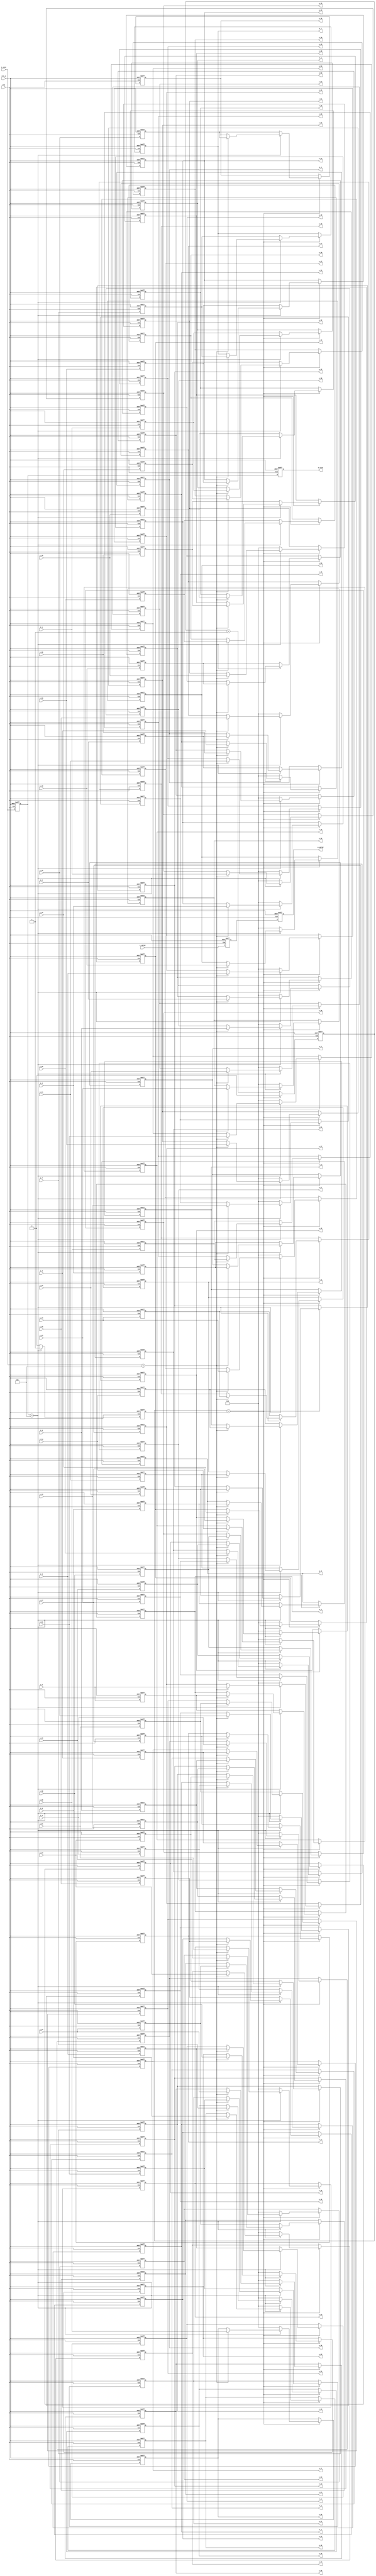
//describe  : 
//input     : 32 data
//output    : 64 data
//delay     : 2 clk
module serial_to_parallel#(
    parameter  IN_WIDTH  = 16,
    parameter  OUT_WIDTH = 16
)
(
//system input
    input                               clk     ,
    input                               rst_n   ,
//input parameter
    input           [2 : 0]             i_size  ,//1:4x4, 2:8x8, 3:16x16, 4:32x32, 5:64x64
//input data
    input                               i_valid ,
    input   signed  [IN_WIDTH - 1 : 0]  i_0     ,
    input   signed  [IN_WIDTH - 1 : 0]  i_1     ,
    input   signed  [IN_WIDTH - 1 : 0]  i_2     ,
    input   signed  [IN_WIDTH - 1 : 0]  i_3     ,
    input   signed  [IN_WIDTH - 1 : 0]  i_4     ,
    input   signed  [IN_WIDTH - 1 : 0]  i_5     ,
    input   signed  [IN_WIDTH - 1 : 0]  i_6     ,
    input   signed  [IN_WIDTH - 1 : 0]  i_7     ,
    input   signed  [IN_WIDTH - 1 : 0]  i_8     ,
    input   signed  [IN_WIDTH - 1 : 0]  i_9     ,
    input   signed  [IN_WIDTH - 1 : 0]  i_10    ,
    input   signed  [IN_WIDTH - 1 : 0]  i_11    ,
    input   signed  [IN_WIDTH - 1 : 0]  i_12    ,
    input   signed  [IN_WIDTH - 1 : 0]  i_13    ,
    input   signed  [IN_WIDTH - 1 : 0]  i_14    ,
    input   signed  [IN_WIDTH - 1 : 0]  i_15    ,
    input   signed  [IN_WIDTH - 1 : 0]  i_16    ,
    input   signed  [IN_WIDTH - 1 : 0]  i_17    ,
    input   signed  [IN_WIDTH - 1 : 0]  i_18    ,
    input   signed  [IN_WIDTH - 1 : 0]  i_19    ,
    input   signed  [IN_WIDTH - 1 : 0]  i_20    ,
    input   signed  [IN_WIDTH - 1 : 0]  i_21    ,
    input   signed  [IN_WIDTH - 1 : 0]  i_22    ,
    input   signed  [IN_WIDTH - 1 : 0]  i_23    ,
    input   signed  [IN_WIDTH - 1 : 0]  i_24    ,
    input   signed  [IN_WIDTH - 1 : 0]  i_25    ,
    input   signed  [IN_WIDTH - 1 : 0]  i_26    ,
    input   signed  [IN_WIDTH - 1 : 0]  i_27    ,
    input   signed  [IN_WIDTH - 1 : 0]  i_28    ,
    input   signed  [IN_WIDTH - 1 : 0]  i_29    ,
    input   signed  [IN_WIDTH - 1 : 0]  i_30    ,
    input   signed  [IN_WIDTH - 1 : 0]  i_31    ,
//output parameter
    output          [2 : 0]             o_size  ,
//output data
    output                              o_valid ,
    output  signed  [OUT_WIDTH - 1 : 0] o_0     ,
    output  signed  [OUT_WIDTH - 1 : 0] o_1     ,
    output  signed  [OUT_WIDTH - 1 : 0] o_2     ,
    output  signed  [OUT_WIDTH - 1 : 0] o_3     ,
    output  signed  [OUT_WIDTH - 1 : 0] o_4     ,
    output  signed  [OUT_WIDTH - 1 : 0] o_5     ,
    output  signed  [OUT_WIDTH - 1 : 0] o_6     ,
    output  signed  [OUT_WIDTH - 1 : 0] o_7     ,
    output  signed  [OUT_WIDTH - 1 : 0] o_8     ,
    output  signed  [OUT_WIDTH - 1 : 0] o_9     ,
    output  signed  [OUT_WIDTH - 1 : 0] o_10    ,
    output  signed  [OUT_WIDTH - 1 : 0] o_11    ,
    output  signed  [OUT_WIDTH - 1 : 0] o_12    ,
    output  signed  [OUT_WIDTH - 1 : 0] o_13    ,
    output  signed  [OUT_WIDTH - 1 : 0] o_14    ,
    output  signed  [OUT_WIDTH - 1 : 0] o_15    ,
    output  signed  [OUT_WIDTH - 1 : 0] o_16    ,
    output  signed  [OUT_WIDTH - 1 : 0] o_17    ,
    output  signed  [OUT_WIDTH - 1 : 0] o_18    ,
    output  signed  [OUT_WIDTH - 1 : 0] o_19    ,
    output  signed  [OUT_WIDTH - 1 : 0] o_20    ,
    output  signed  [OUT_WIDTH - 1 : 0] o_21    ,
    output  signed  [OUT_WIDTH - 1 : 0] o_22    ,
    output  signed  [OUT_WIDTH - 1 : 0] o_23    ,
    output  signed  [OUT_WIDTH - 1 : 0] o_24    ,
    output  signed  [OUT_WIDTH - 1 : 0] o_25    ,
    output  signed  [OUT_WIDTH - 1 : 0] o_26    ,
    output  signed  [OUT_WIDTH - 1 : 0] o_27    ,
    output  signed  [OUT_WIDTH - 1 : 0] o_28    ,
    output  signed  [OUT_WIDTH - 1 : 0] o_29    ,
    output  signed  [OUT_WIDTH - 1 : 0] o_30    ,
    output  signed  [OUT_WIDTH - 1 : 0] o_31    ,
    output  signed  [OUT_WIDTH - 1 : 0] o_32    ,
    output  signed  [OUT_WIDTH - 1 : 0] o_33    ,
    output  signed  [OUT_WIDTH - 1 : 0] o_34    ,
    output  signed  [OUT_WIDTH - 1 : 0] o_35    ,
    output  signed  [OUT_WIDTH - 1 : 0] o_36    ,
    output  signed  [OUT_WIDTH - 1 : 0] o_37    ,
    output  signed  [OUT_WIDTH - 1 : 0] o_38    ,
    output  signed  [OUT_WIDTH - 1 : 0] o_39    ,
    output  signed  [OUT_WIDTH - 1 : 0] o_40    ,
    output  signed  [OUT_WIDTH - 1 : 0] o_41    ,
    output  signed  [OUT_WIDTH - 1 : 0] o_42    ,
    output  signed  [OUT_WIDTH - 1 : 0] o_43    ,
    output  signed  [OUT_WIDTH - 1 : 0] o_44    ,
    output  signed  [OUT_WIDTH - 1 : 0] o_45    ,
    output  signed  [OUT_WIDTH - 1 : 0] o_46    ,
    output  signed  [OUT_WIDTH - 1 : 0] o_47    ,
    output  signed  [OUT_WIDTH - 1 : 0] o_48    ,
    output  signed  [OUT_WIDTH - 1 : 0] o_49    ,
    output  signed  [OUT_WIDTH - 1 : 0] o_50    ,
    output  signed  [OUT_WIDTH - 1 : 0] o_51    ,
    output  signed  [OUT_WIDTH - 1 : 0] o_52    ,
    output  signed  [OUT_WIDTH - 1 : 0] o_53    ,
    output  signed  [OUT_WIDTH - 1 : 0] o_54    ,
    output  signed  [OUT_WIDTH - 1 : 0] o_55    ,
    output  signed  [OUT_WIDTH - 1 : 0] o_56    ,
    output  signed  [OUT_WIDTH - 1 : 0] o_57    ,
    output  signed  [OUT_WIDTH - 1 : 0] o_58    ,
    output  signed  [OUT_WIDTH - 1 : 0] o_59    ,
    output  signed  [OUT_WIDTH - 1 : 0] o_60    ,
    output  signed  [OUT_WIDTH - 1 : 0] o_61    ,
    output  signed  [OUT_WIDTH - 1 : 0] o_62    ,
    output  signed  [OUT_WIDTH - 1 : 0] o_63
);

localparam  SIZE4  = 3'd1,
            SIZE8  = 3'd2,
            SIZE16 = 3'd3,
            SIZE32 = 3'd4,
            SIZE64 = 3'd5;
integer i;

//input delay
    wire signed [IN_WIDTH - 1 : 0] i_data[0 : 31];
    reg [2 : 0] i_size_d[0 : 1];
    reg i_valid_d1, i_valid_d2;
    reg signed [IN_WIDTH - 1 : 0] i_data_d1[0 : 31];
//serial to parallel
    reg count;
    reg count_max;
    reg signed [OUT_WIDTH - 1 : 0] o_data[0 : 63];

//input
    assign i_data[0 ] = i_0 ;
    assign i_data[1 ] = i_1 ;
    assign i_data[2 ] = i_2 ;
    assign i_data[3 ] = i_3 ;
    assign i_data[4 ] = i_4 ;
    assign i_data[5 ] = i_5 ;
    assign i_data[6 ] = i_6 ;
    assign i_data[7 ] = i_7 ;
    assign i_data[8 ] = i_8 ;
    assign i_data[9 ] = i_9 ;
    assign i_data[10] = i_10;
    assign i_data[11] = i_11;
    assign i_data[12] = i_12;
    assign i_data[13] = i_13;
    assign i_data[14] = i_14;
    assign i_data[15] = i_15;
    assign i_data[16] = i_16;
    assign i_data[17] = i_17;
    assign i_data[18] = i_18;
    assign i_data[19] = i_19;
    assign i_data[20] = i_20;
    assign i_data[21] = i_21;
    assign i_data[22] = i_22;
    assign i_data[23] = i_23;
    assign i_data[24] = i_24;
    assign i_data[25] = i_25;
    assign i_data[26] = i_26;
    assign i_data[27] = i_27;
    assign i_data[28] = i_28;
    assign i_data[29] = i_29;
    assign i_data[30] = i_30;
    assign i_data[31] = i_31;

//delay
always @(posedge clk or negedge rst_n) begin
    if (!rst_n) begin 
        i_size_d[0] <= 0;
        i_size_d[1] <= 0;
        i_valid_d1 <= 0;
        i_valid_d2 <= 0;
        for (i = 0; i < 32; i = i + 1) begin
            i_data_d1[i] <= 0; 
        end
    end
    else begin
        i_size_d[0] <= i_size;
        i_size_d[1] <= i_size_d[0];
        i_valid_d1 <= i_valid;
        i_valid_d2 <= i_valid_d1;
        for (i = 0; i < 32; i = i + 1) begin
            i_data_d1[i] <= i_data[i]; 
        end
    end
end

always @(posedge clk or negedge rst_n) begin
    if (!rst_n) begin
        count_max <= 0;
    end
    else begin
        case (i_size_d[0]) 
            SIZE64  : count_max <= 1;
            default : count_max <= 0;
        endcase
    end
end

always @(posedge clk or negedge rst_n) begin
    if (!rst_n) begin
        count <= 0;
        for (i = 0; i < 64; i = i + 1) begin
            o_data[i] <= 0;
        end
    end
    else begin
        if (count == count_max) begin
            count <= 0;
            case (i_size_d[0])
                SIZE64  : begin // 2 beat -> 1 beat
                    if (i_size == SIZE64) begin
                        for (i = 0; i < 32; i = i + 1) begin
                            o_data[i]      <= i_data_d1[i];
                            o_data[i + 32] <= i_data[i];
                        end
                    end
                end
                default : begin //delay 2 clk
                    for (i = 0; i < 32; i = i + 1) begin
                        o_data[i]      <= i_data_d1[i];
                        o_data[i + 32] <= 0;
                    end
                end
            endcase
        end
        else begin
            count <= count + 1;
        end
    end
end

//output
    assign o_size   = i_size_d[1];
    assign o_valid  = i_valid_d2;
    assign o_0      = o_data[0 ];
    assign o_1      = o_data[1 ];
    assign o_2      = o_data[2 ];
    assign o_3      = o_data[3 ];
    assign o_4      = o_data[4 ];
    assign o_5      = o_data[5 ];
    assign o_6      = o_data[6 ];
    assign o_7      = o_data[7 ];
    assign o_8      = o_data[8 ];
    assign o_9      = o_data[9 ];
    assign o_10     = o_data[10];
    assign o_11     = o_data[11];
    assign o_12     = o_data[12];
    assign o_13     = o_data[13];
    assign o_14     = o_data[14];
    assign o_15     = o_data[15];
    assign o_16     = o_data[16];
    assign o_17     = o_data[17];
    assign o_18     = o_data[18];
    assign o_19     = o_data[19];
    assign o_20     = o_data[20];
    assign o_21     = o_data[21];
    assign o_22     = o_data[22];
    assign o_23     = o_data[23];
    assign o_24     = o_data[24];
    assign o_25     = o_data[25];
    assign o_26     = o_data[26];
    assign o_27     = o_data[27];
    assign o_28     = o_data[28];
    assign o_29     = o_data[29];
    assign o_30     = o_data[30];
    assign o_31     = o_data[31];
    assign o_32     = o_data[32];
    assign o_33     = o_data[33];
    assign o_34     = o_data[34];
    assign o_35     = o_data[35];
    assign o_36     = o_data[36];
    assign o_37     = o_data[37];
    assign o_38     = o_data[38];
    assign o_39     = o_data[39];
    assign o_40     = o_data[40];
    assign o_41     = o_data[41];
    assign o_42     = o_data[42];
    assign o_43     = o_data[43];
    assign o_44     = o_data[44];
    assign o_45     = o_data[45];
    assign o_46     = o_data[46];
    assign o_47     = o_data[47];
    assign o_48     = o_data[48];
    assign o_49     = o_data[49];
    assign o_50     = o_data[50];
    assign o_51     = o_data[51];
    assign o_52     = o_data[52];
    assign o_53     = o_data[53];
    assign o_54     = o_data[54];
    assign o_55     = o_data[55];
    assign o_56     = o_data[56];
    assign o_57     = o_data[57];
    assign o_58     = o_data[58];
    assign o_59     = o_data[59];
    assign o_60     = o_data[60];
    assign o_61     = o_data[61];
    assign o_62     = o_data[62];
    assign o_63     = o_data[63];

endmodule